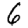
Digit: 6